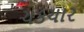
ચકચાર